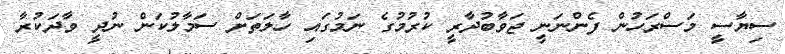
ސިޔާސީ މަސްރަހުން ފެންނަނީ ޖަވާބުދާރީ ކުރުމުގެ ނަމުގައި ހާލަތަށް ސަމާލުކަން ނުދީ ވާދަކުރާ